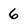
Character: 6